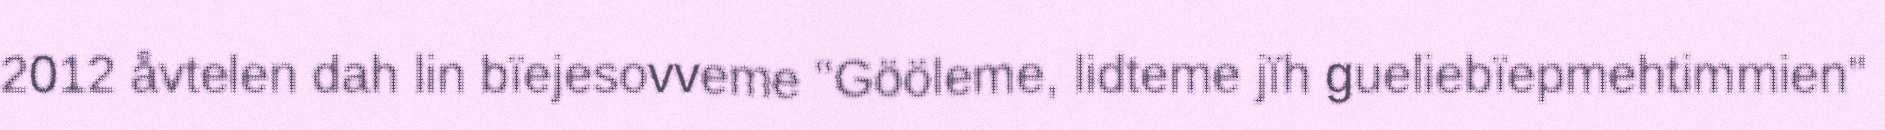
2012 åvtelen dah lin bïejesovveme "Gööleme, lidteme jïh gueliebïepmehtimmien"